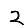
Digit: 2